Vaccination in Bombay 1863-1868 - 1863-1868
Year: 1863
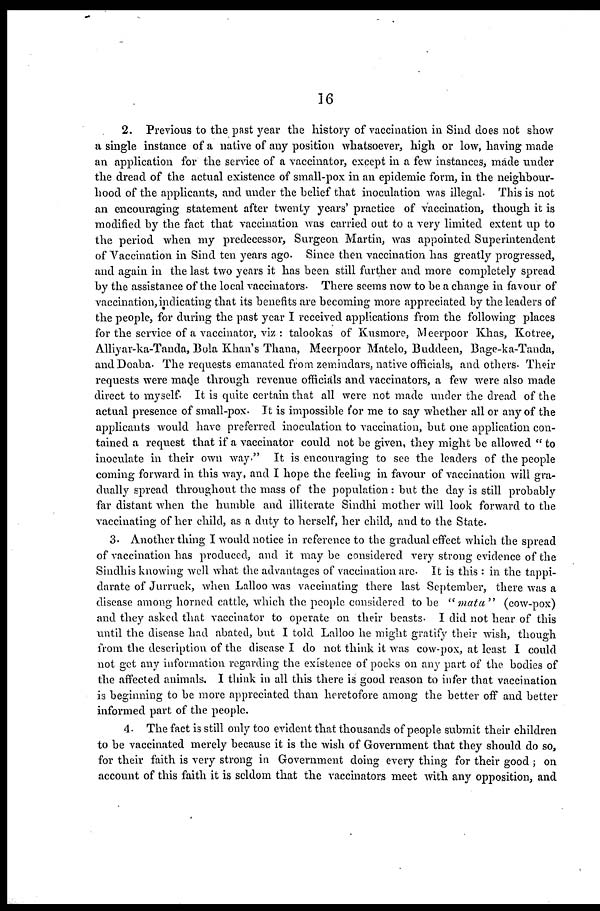
16
2. Previous to the past year the history of vaccination in Sind does not show
a single instance of a native of any position whatsoever, high or low, having made
an application for the service of a vaccinator, except in a few instances, made under
the dread of the actual existence of small-pox in an epidemic form, in the neighbour-
hood of the applicants, and under the belief that inoculation was illegal. This is not
an encouraging statement after twenty years' practice of vaccination, though it is
modified by the fact that vaccination was carried out to a very limited extent up to
the period when my predecessor, Surgeon Martin, was appointed Superintendent
of Vaccination in Sind ten years ago. Since then vaccination has greatly progressed,
and again in the last two years it has been still further and more completely spread
by the assistance of the local vaccinators. There seems now to be a change in favour of
vaccination, indicating that its benefits are becoming more appreciated by the leaders of
the people, for during the past year I received applications from the following places
for the service of a vaccinator, viz : talookas of Kusmore, Meerpoor Khas, Kotree,
Alliyar-ka-Tanda, Bola Khan's Thana, Meerpoor Matelo, Buddeen, Bage-ka-Tanda,
and Doaba. The requests emanated from zemindars, native officials, and others. Their
requests were made through revenue officials and vaccinators, a few were also made
direct to myself. It is quite certain that all were not made under the dread of the
actual presence of small-pox. It is impossible for me to say whether all or any of the
applicants would have preferred inoculation to vaccination, but one application con-
tained a request that if a vaccinator could not be given, they might be allowed " to
inoculate in their own way." It is encouraging to see the leaders of the people
coming forward in this way and I hope the feeling in favour of vaccination will gra-
dually spread throughout the mass of the population : but the day is still probably
far distant when the humble and illiterate Sindhi mother will look forward to the
vaccinating of her child, as a duty to herself, her child, and to the State.
3. Another thing I would notice in reference to the gradual effect which the spread
of vaccination has produced, and it may be considered very strong evidence of the
Sindhis knowing well what the advantages of vaccination are. It is this : in the tappi-
darate of Jurruck, when Lalloo was vaccinating there last September, there was a
disease among horned cattle, which the people considered to be " mata " (cow-pox)
and they asked that vaccinator to operate on their beasts. I did not hear of this
until the disease had abated, but I told Lalloo he might gratify their wish, though
from the description of the disease I do not think it was cow-pox, at least I could
not get any information regarding the existence of pocks on any part of the bodies of
the affected animals. I think in all this there is good reason to infer that vaccination
is beginning to be more appreciated than heretofore among the better off and better
informed part of the people.
4. The fact is still only too evident that thousands of people submit their children
to be vaccinated merely because it is the wish of Government that they should do so,
for their faith is very strong in Government doing every thing for their good ; on
account of this faith it is seldom that the vaccinators meet with any opposition, and